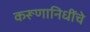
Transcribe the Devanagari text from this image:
करूणानिधींचे